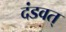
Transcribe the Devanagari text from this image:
दंडवत्‌